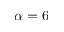
\alpha = 6